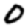
Digit: 0